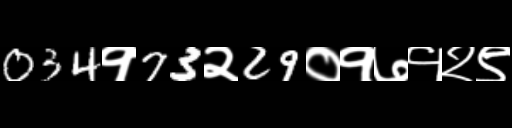
Text: 034१73२29०१७१२९